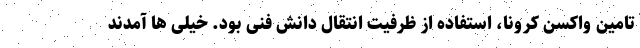
تامین واکسن کرونا، استفاده از ظرفیت انتقال دانش فنی بود. خیلی ها آمدند